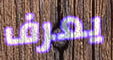
يعرف